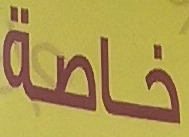
خاصة